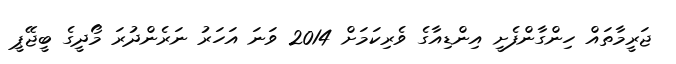
ޖަރީމާތައް ހިންގާންފެށީ އިންޑިއާގެ ވެރިކަމަށް 2014 ވަނަ އަހަރު ނަރެންދުރަ މޯދީގެ ބީޖޭޕީ